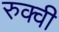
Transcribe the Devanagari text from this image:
रुक्‍वी